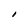
Character: I